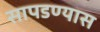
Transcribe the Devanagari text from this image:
सापडण्यास